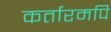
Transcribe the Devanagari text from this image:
कर्तारमपि